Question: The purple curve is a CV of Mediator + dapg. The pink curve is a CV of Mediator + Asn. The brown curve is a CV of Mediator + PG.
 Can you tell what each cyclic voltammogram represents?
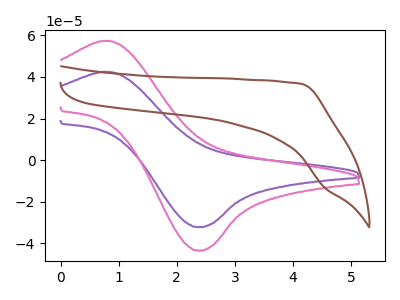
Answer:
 <answer>The purple curve is labeled "Mediator + dapg". The pink curve is labeled "Mediator + Asn". The brown curve is labeled "Mediator + PG".</answer>
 <eval></eval>